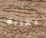
للحانة